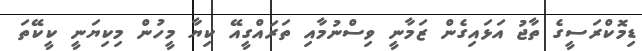
ޑިމޮކްރަސީގެ ތާޖު އަޅައިގެން ޒަމާނީ ވިސްނުމާއި ތަރައްގީއޭ ކިޔާ މީހުން މިކިޔަނީ ކީކޭތަ